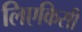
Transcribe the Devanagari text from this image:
लिएकिसी